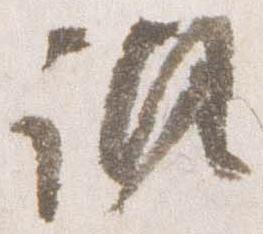
諷